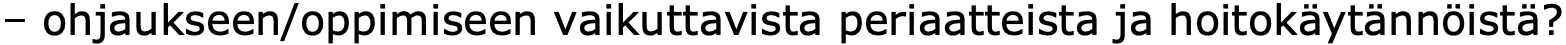
– ohjaukseen/oppimiseen vaikuttavista periaatteista ja hoitokäytännöistä?